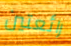
رائعتين